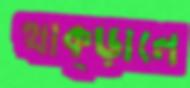
থাক্‌ড়ালে